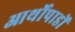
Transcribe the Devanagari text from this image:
आर्थोपाडों